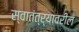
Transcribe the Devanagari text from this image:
स्वातंत्र्यावरील